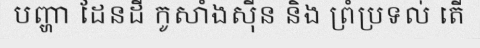
បញ្ហា ដែនដី កូសាំងស៊ីន និង ព្រំប្រទល់ តើ